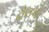
ઢોલનો